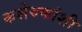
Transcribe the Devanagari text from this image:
कशेरुकांशी